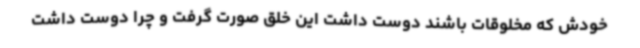
خودش که مخلوقات باشند دوست داشت این خلق صورت گرفت و چرا دوست داشت